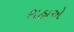
શહાએ